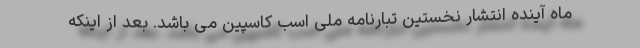
ماه آینده انتشار نخستین تبارنامه ملی اسب کاسپین می باشد. بعد از اینکه